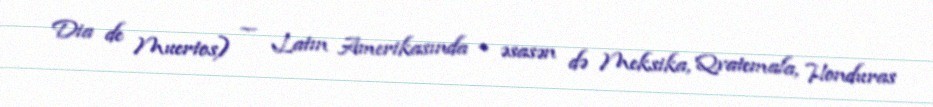
Dia de Muertos) — Latın Amerikasında – əsasən də Meksika, Qvatemala, Honduras